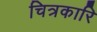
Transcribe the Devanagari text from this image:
चित्रकारि